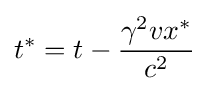
t^{\ast }=t-{\frac {\gamma ^{2}vx^{*}}{c^{2}}}